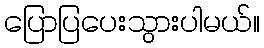
ပြောပြပေးသွားပါမယ်။